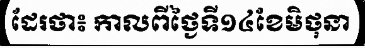
ដែរថា៖ កាលពីថ្ងៃទី១៤ខែមិថុនា